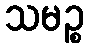
သမဉ္စ